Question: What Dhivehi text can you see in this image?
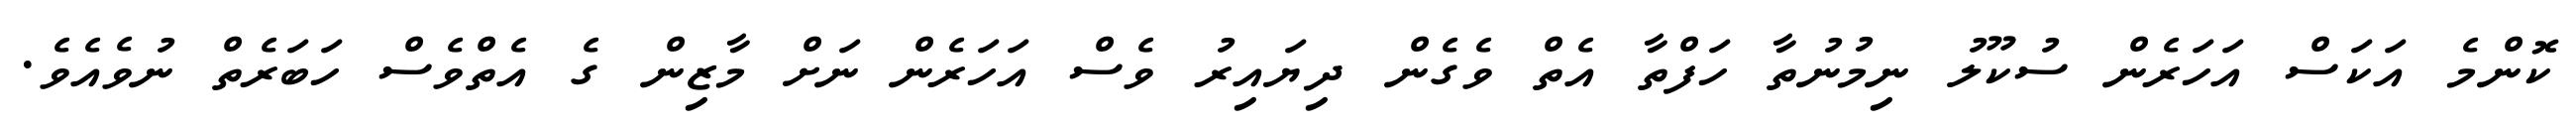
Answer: ކޮންމެ އަކަސް އަހަރެން ސުކޫލު ނިމުނުތާ ހަފްތާ އެތް ވެގެން ދިޔައިރު ވެސް އަހަރެން ނަށް މާޒިން ގެ އެތްވެސް ހަބަރެތް ނުވެއެވެ.